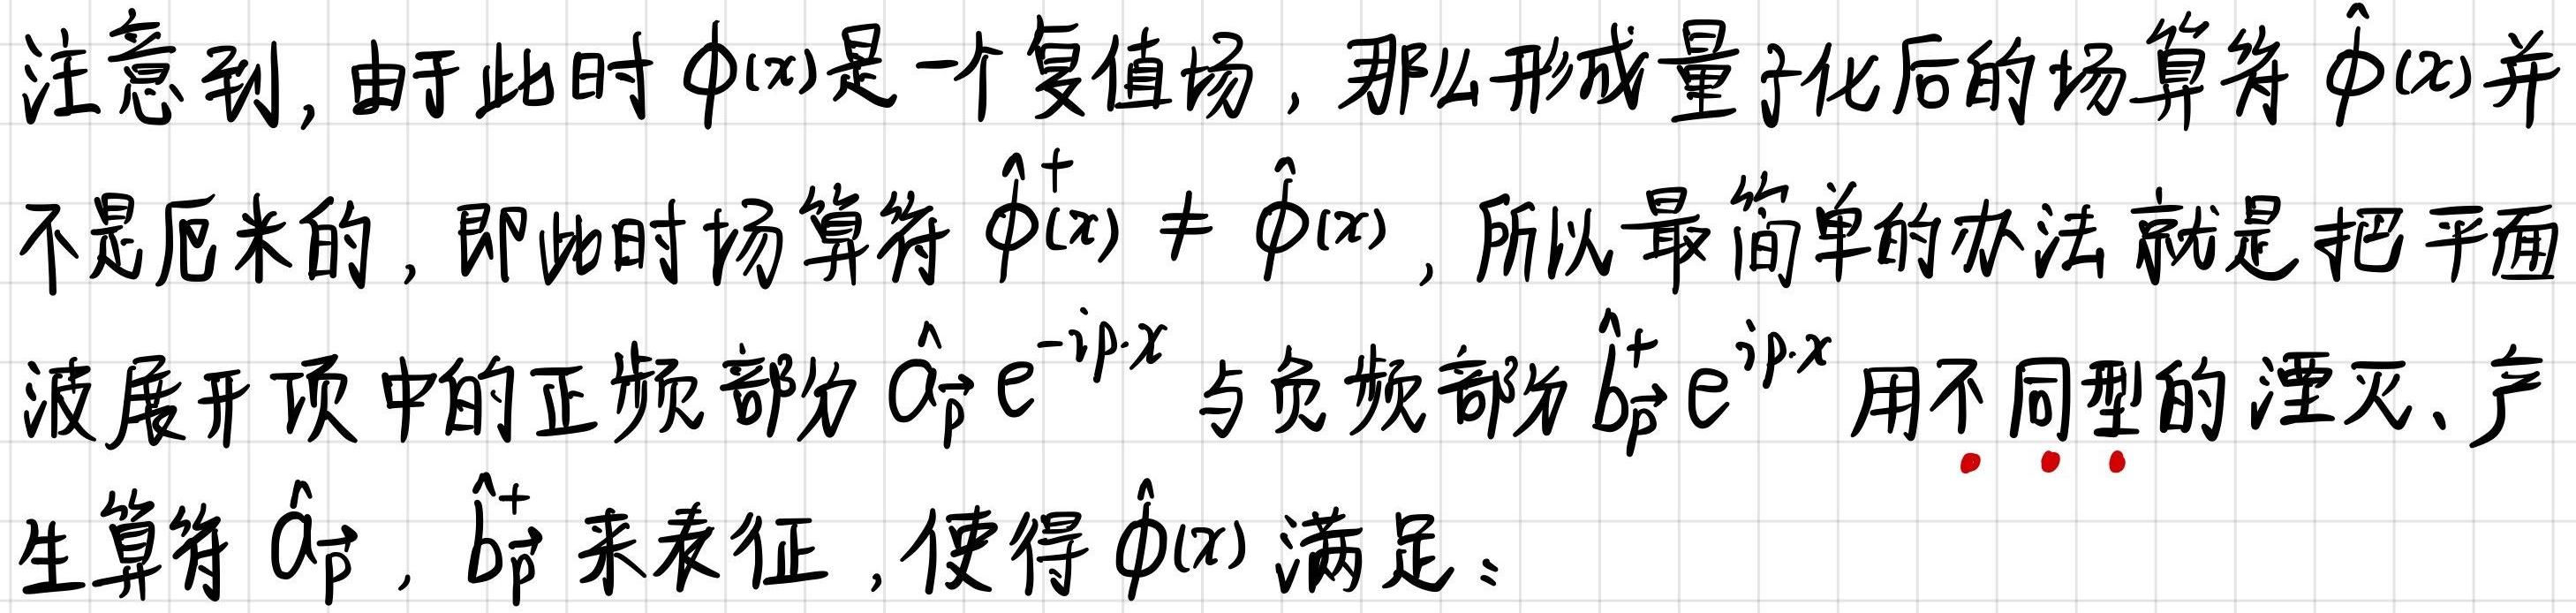
注意到, 由于此时 $\phi(x)$ 是一个复值场, 那么形成量子化后的场算符 $\hat{\phi}(x)$ 并不是厄米的, 即此时场算符 $\hat{\phi}^{\dagger}(x) \neq \hat{\phi}(x)$, 所以最简单的办法就是把平面波展开项中的正频部分 $\hat{a}_{\vec{p}} e^{-i \vec{p} \cdot x}$ 与负频部分 $\hat{b}_{\vec{p}}^{\dagger} e^{i \vec{p} \cdot x}$ 用不同型的湮灭、产生算符 $\hat{a}_{\vec{p}}, \hat{b}_{\vec{p}}^{\dagger}$ 来表征, 使得 $\hat{\phi}(x)$ 满足。